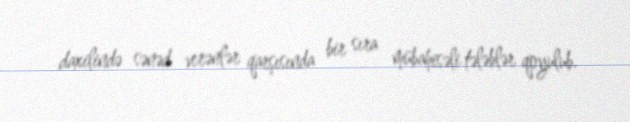
daxilində sənəd verənlər qarşısında bir sıra mübahisəli tələblər qoyulub.